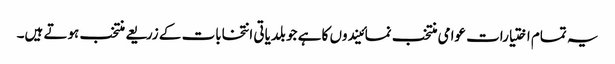
یہ تمام اختیارات عوامی منتخب نمائیندوں کا ہے جو بلدیاتی انتخابات کے زریعے منتخب ہوتے ہیں۔